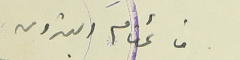
قائمقام البترون